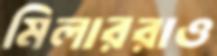
মিলাররাও